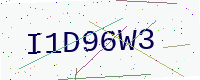
Text: I1D96W3